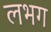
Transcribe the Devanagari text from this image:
लभग